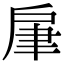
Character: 肁